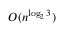
O ( n ^ { \log _ { 2 } 3 } )